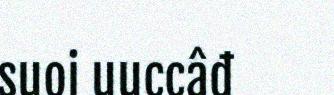
suoi uuccâđ